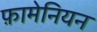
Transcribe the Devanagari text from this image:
फ़ामेनियन